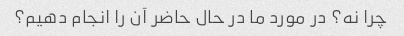
چرا نه؟ در مورد ما در حال حاضر آن را انجام دهیم؟